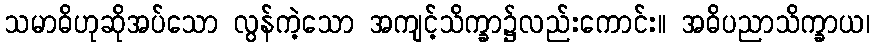
သမာဓိဟုဆိုအပ်သော လွန်ကဲ့သော အကျင့်သိက္ခာ၌လည်းကောင်း။ အဓိပညာသိက္ခာယ၊